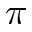
\pi